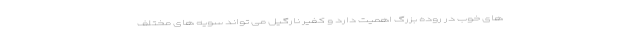
های خوب در روده بزرگ اهمیت دارد و کفیر نارگیل می تواند سویه های مختلف